Reports on military cantonments and civil stations in the Presidency of Bombay inspected by the Sanitary Commissioner in the years 1875 and 1876
Year: 1875
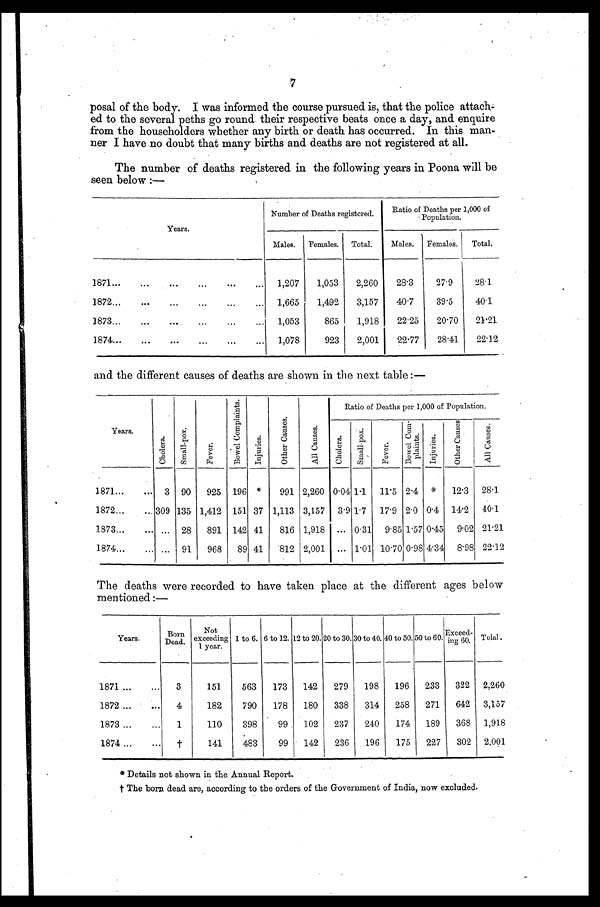
7
posal of the body. I was informed the course pursued is, that the police attach
-
ed to the several peths go round their respective beats once a day, and enquire
from the householders whether any birth or death has occurred. In this man
-
ner I have no doubt that many births and deaths are not registered at all.
The number of deaths registered in the following years in Poona will be
seen below :—
Years.
Number of Deaths registered.
Ratio of Deaths per 1,000 of
Population.
Males.
Females.
Total.
Males.
Females.
Total.
1871 . . .
1,207
1,053
2,260
28.3
27.9
28.1
1872 . . .
1,665
1,492
3,157
40.7
39.5
40.1
1873 . . .
1,053
865
1,918
22.25
20.70
21.21
1874 . . .
1,078
923
2,001
22.77
28.41
22.12
and the different causes of deaths are shown in the next table:—
Years.
C h o l e r a .
S m a l l - p o x .
F e v e r .
B o w e l C o m p l a i n t s .
I n j u r i e s .
O t h e r C a u s e s .
A l l C a u s e s .
Ratio of Deaths per 1,000 of Population.
C h o l e r a .
S m a l l - p o x .
F e v e r .
B o w e l C o m - p l a i n t s .
I n j u r i e s .
O t h e r C a u s e s .
A l l C a u s e s .
1871 . . .
3
90
925
196
*
991
2,260
0.04
1.1
11.5
2.4
*
12.3
28.1
1872 . . . 309 135
1,412
151 37
1,113
3,157
3 . 9
1 . 7
17.9
2.0
0.4
14.2
40.1
1873 . . .
. . .
28
891
142 41
816
1,918
. . .
0.31
9.85 1.57 0.45
9.02
21.21
1874 . . .
. . .
91
968
89 41
812
2,001
. . .
1.01
10.70 0.98 4.34
8.98
22.12
The deaths were recorded to have taken place at the different ages below
mentioned :—
Years.
Born
Dead.
Not
exceeding
1 year.
1 to 6. 6 to 12. 12 to 20. 20 to 30. 30 to 40. 40 to 50. 50 to 60.
Exceed-
ing 60.
Tot a l .
1871 . . .
3
151
563
173
142
279
198
196
233
322
2,260
1872 . . .
4
182
790
178
180
338
314
258
271
642
3,157
1873 . . .
1
110
398
99
102
237
240
174
189
368
1,918
1874 . . .
†
141
483
99
142
236
196
175
227
302
2,001
* Details not shown in the Annual Report.
† The born dead are, according to the orders of the Government of India, now excluded.